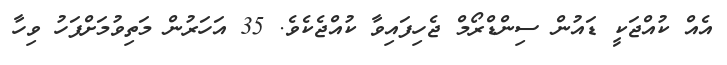
އެއް ކުއްޖަކީ ޑައުން ސިންޑްރޯމް ޖެހިފައިވާ ކުއްޖެކެވެ. 35 އަހަރުން މަތިވުމަށްފަހު ވިހާ